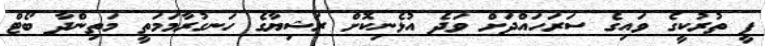
ޕީ ތުރުކީގެ ވައިގެ ސަރަހައްދަށް ވަދެ އުޅެނިކޮށް ރަޝިޔާގެ ހަނގުރާމަމަތީ މަތިންދާ ބޯޓް